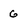
Character: G